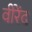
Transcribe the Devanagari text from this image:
वीरेंद